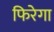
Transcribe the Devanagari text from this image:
फिरेगा